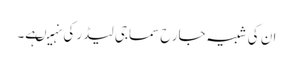
ان کی شبیہ جارح سماجی لیڈر کی نہیںہے۔